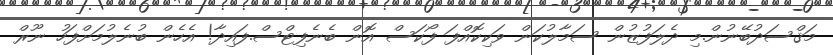
މަޤްސަދުބޭނުން.މި ދެލަފުޒުން ސަމާލުކަން ވަކިކޮއްފަ ފޯކަސް އޮން ބެނެފިޓްސް.ފައިދާ! އެހެން ބުނެލުމަށްފަހު ނޫރް